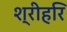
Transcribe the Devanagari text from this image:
श्रीहरि